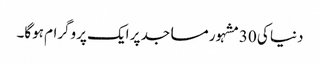
دنیا کی 30مشہور مساجد پر ایک پروگرام ہوگا۔